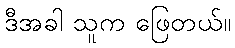
ဒီအခါ သူက ဖြေတယ်။